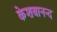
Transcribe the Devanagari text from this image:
केशबानन्द